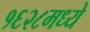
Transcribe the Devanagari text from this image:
१६२८मध्ये